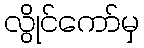
လွိုင်ကော်မှ